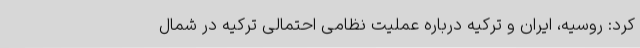
کرد: روسیه، ایران و ترکیه درباره عملیت نظامی احتمالی ترکیه در شمال